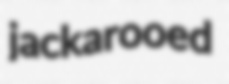
jackarooed